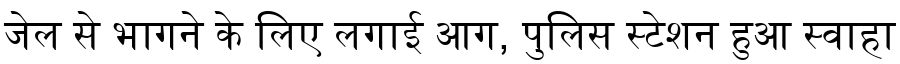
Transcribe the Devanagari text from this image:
जेल से भागने के लिए लगाई आग, पुलिस स्टेशन हुआ स्वाहा